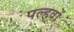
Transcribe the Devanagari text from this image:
पल्हवों